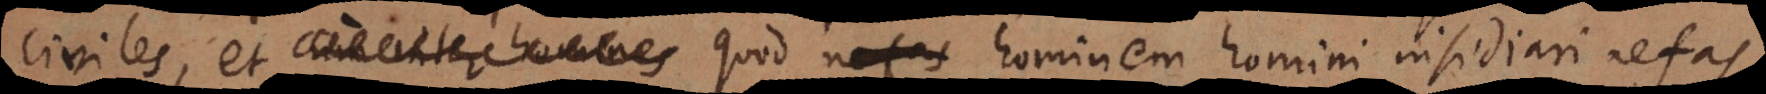
civiles, et cum inter homines quod hominem homini insidiari nefas.